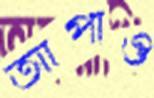
আপাও